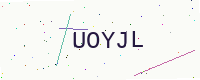
Text: UOYJL